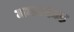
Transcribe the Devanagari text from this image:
मनक्काड